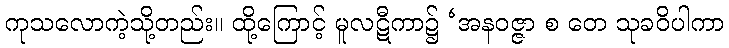
ကုသလောကဲ့သို့တည်း။ ထို့ကြောင့် မူလဋီကာ၌ ‘အနဝဇ္ဇာ စ တေ သုခဝိပါကာ